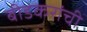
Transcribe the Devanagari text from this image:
बीडकरांची